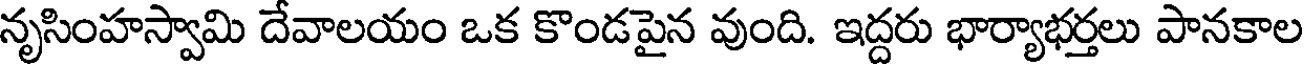
నృసింహస్వామి దేవాలయం ఒక కొండపైన వుంది. ఇద్దరు భార్యాభర్తలు పానకాల